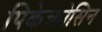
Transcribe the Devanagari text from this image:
पिकेक्रोसिन